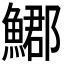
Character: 𩺐